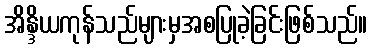
အိန္ဒိယကုန်သည်များမှအစပြုခဲ့ခြင်းဖြစ်သည်။